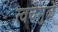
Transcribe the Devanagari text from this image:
त्वचेमुळे